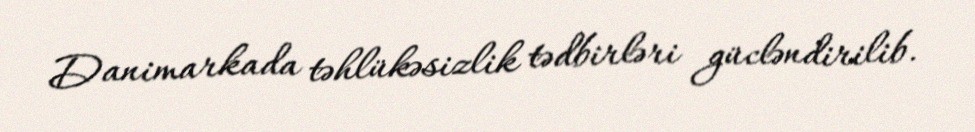
Danimarkada təhlükəsizlik tədbirləri gücləndirilib.